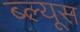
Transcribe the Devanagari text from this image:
ब्ल्यूस